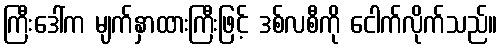
ကြီးဒေါ်က မျက်နှာထားကြီးဖြင့် ဒစ်လစီကို ငေါက်လိုက်သည်။